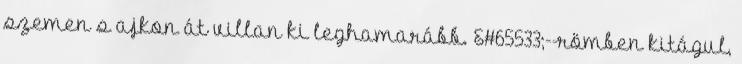
szemen s ajkon át villan ki leghamarább. &#65533;--römben kitágul,